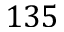
1 3 5